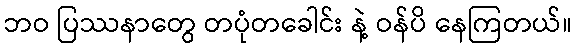
ဘဝ ပြဿနာတွေ တပုံတခေါင်း နဲ့ ဝန်ပိ နေကြတယ်။